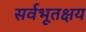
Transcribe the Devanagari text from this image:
सर्वभूतक्षय